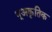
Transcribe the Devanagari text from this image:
भूअकृतिक